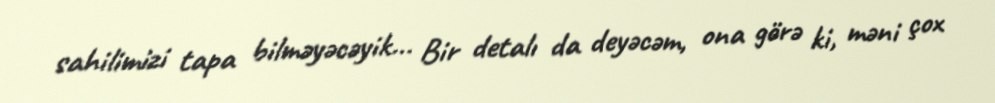
sahilimizi tapa bilməyəcəyik... Bir detalı da deyəcəm, ona görə ki, məni çox